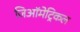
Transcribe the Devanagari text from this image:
जिऑमेट्रिकल